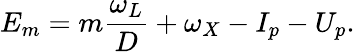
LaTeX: E_{m}=m\frac{\omega_{L}}{D}+\omega_{X}-I_{p}-U_{p}.